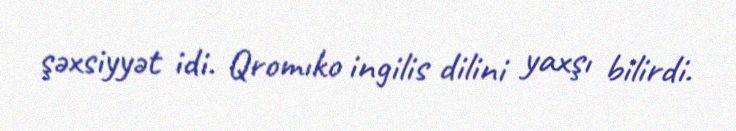
şəxsiyyət idi. Qromıko ingilis dilini yaxşı bilirdi.